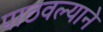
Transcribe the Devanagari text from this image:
पाठवल्याने